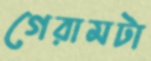
গেরামটা